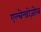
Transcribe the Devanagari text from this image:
एल्बेन्डोज़ोल